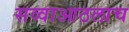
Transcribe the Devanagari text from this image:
सव्वाआठलाच